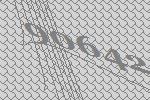
90642